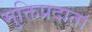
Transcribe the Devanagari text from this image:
मुक्तिप्रदाता